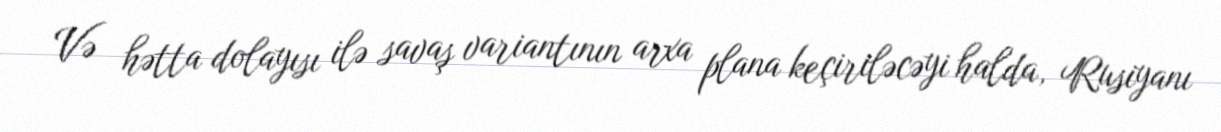
Və hətta dolayısı ilə savaş variantının arxa plana keçiriləcəyi halda, Rusiyanı